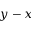
y - x